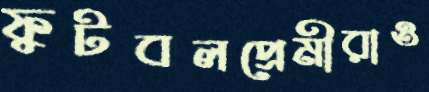
ফুটবলপ্রেমীরাও